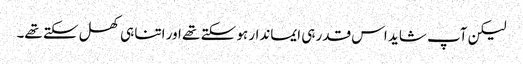
لیکن آپ شاید اس قدر ہی ایماندار ہو سکتے تھے اور اتنا ہی کھل سکتے تھے۔